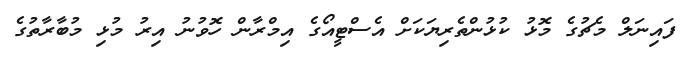
ފައިނަލް މެޗުގެ މޮޅު ކުޅުންތެރިޔަކަށް އެސްޓީއޯގެ އިމްރާން ހޮވުނު އިރު މުޅި މުބާރާތުގެ